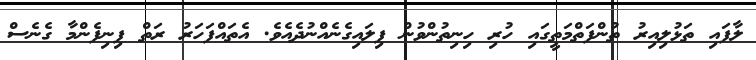
ލާފައި ތަޅުލިއިރު ތުންފަތްމަތީގައި ހުރި ހިނިތުންވުން ފިލައިގެނެއްނުދެއެވެ. އެތައްފަހަރު ރަތް ފިނިފެންމާ ގެނެސް